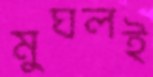
মুঘলই